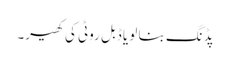
پڈنگ بنا لو یا ڈبل روٹی کی کھیر۔